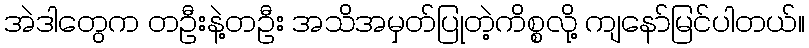
အဲဒါတွေက တဦးနဲ့တဦး အသိအမှတ်ပြုတဲ့ကိစ္စလို့ ကျနော်မြင်ပါတယ်။